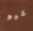
كيو